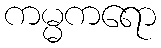
ကမ္မကရော